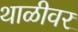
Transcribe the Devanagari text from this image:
थाळीवर